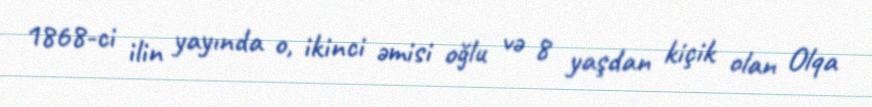
1868-ci ilin yayında o, ikinci əmisi oğlu və 8 yaşdan kiçik olan Olqa